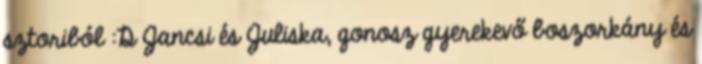
sztoriból :D Jancsi és Juliska, gonosz gyerekevő boszorkány és